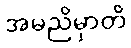
အမညိမှာတိ